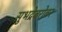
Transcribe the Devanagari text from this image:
सुभद्रेबरोबर